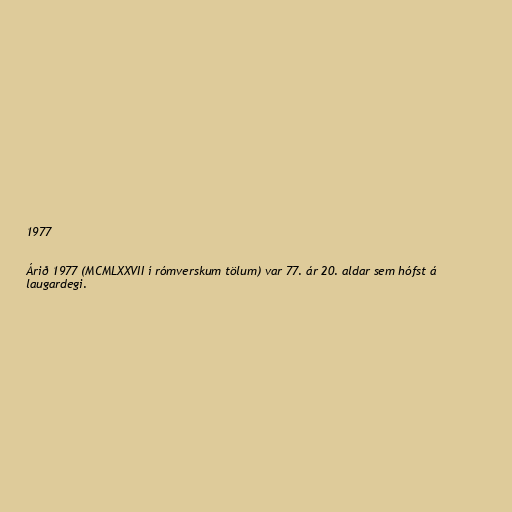
1977

Árið 1977 (MCMLXXVII í rómverskum tölum) var 77. ár 20. aldar sem hófst á
laugardegi.